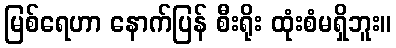
မြစ်ရေဟာ နောက်ပြန် စီးရိုး ထုံးစံမရှိဘူး။